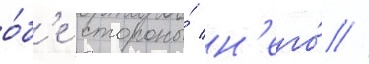
о́б'е стороны́ н'его́ //